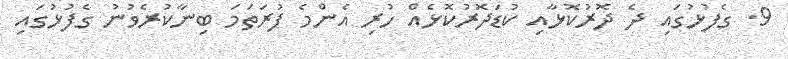
9. ގެފުޅުގައި ދެ ދޮރުކޮޅާއި ކުޑަދޮރުކޮޅެއް ހުރި އެންމެ ފުރަތަމަ ބިނާކުރެވުނު ގެފުޅުގައި